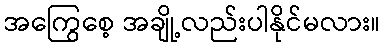
အကြွေစေ့ အချို့လည်းပါနိုင်မလား။